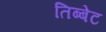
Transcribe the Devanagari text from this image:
तिब्बेट